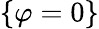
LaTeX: \{ \varphi=0\}